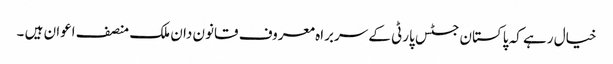
خیال رہے کہ پاکستان جسٹس پارٹی کے سربراہ معروف قانون دان ملک منصف اعوان ہیں ۔